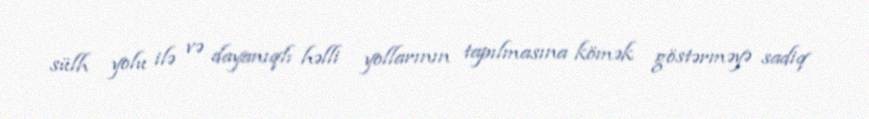
sülh yolu ilə və dayanıqlı həlli yollarının tapılmasına kömək göstərməyə sadiq